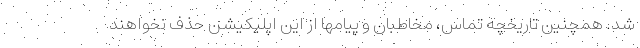
شد. همچنین تاریخچه تماس، مخاطبان و پیامها از این اپلیکیشن حذف نخواهند